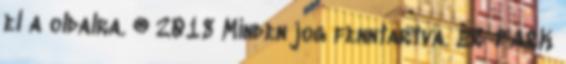
el a oldalra. ® 2018 Minden jog fenntartva. ER-PARK